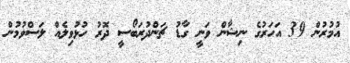
އުމުރުން 39 އަހަރުގެ ނިޝާން ވަނީ ގާޑު ޗަންދުރަބޯސީ ދޮރު ހުޅުވިލެއް ލަސްވުމުން